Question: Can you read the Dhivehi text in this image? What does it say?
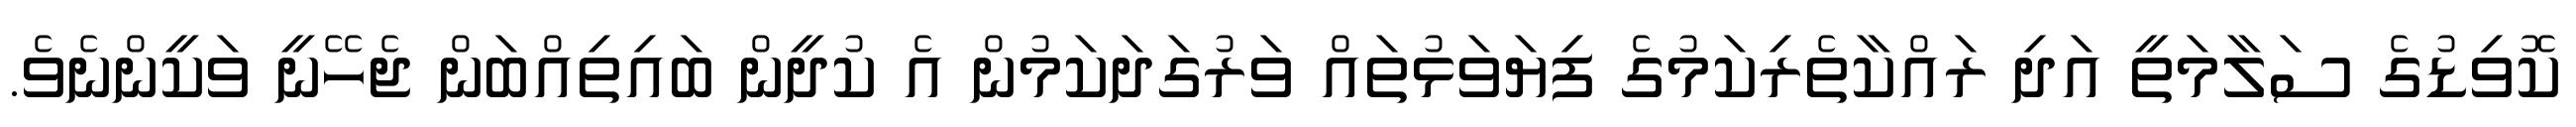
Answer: ކޮވިޑުގެ ސަލާމަތީ އަދި ރައްކާތެރިކަމުގެ ފިޔަވަޅުތައް ވަރުގަދަކަމުން އެ ކުދީން ބައިތިއްބަން ޖެހޭނީ ވަކީންނެވެ.